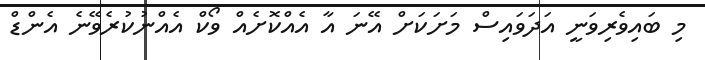
މި ބައިވެރިވަނީ އަދަވައިސް މަށަކަށް އޭނަ އާ އެއްކޮށެއް ވޯކް އެއްނުކުރެވޭނެ އެންޑް